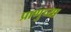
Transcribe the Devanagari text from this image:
प्राणुच्या